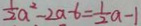
\frac { 1 } { 2 } a ^ { 2 } - 2 a - 6 = \frac { 1 } { 2 } a - 1